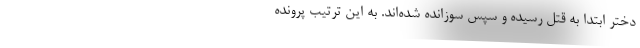
دختر ابتدا به قتل رسیده و سپس سوزانده شده‌اند. به این ترتیب پرونده